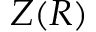
Z ( R )